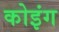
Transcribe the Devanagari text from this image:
कोइंग